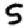
Digit: 5